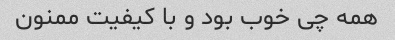
همه چی خوب بود و با کیفیت ممنون